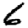
Digit: 6